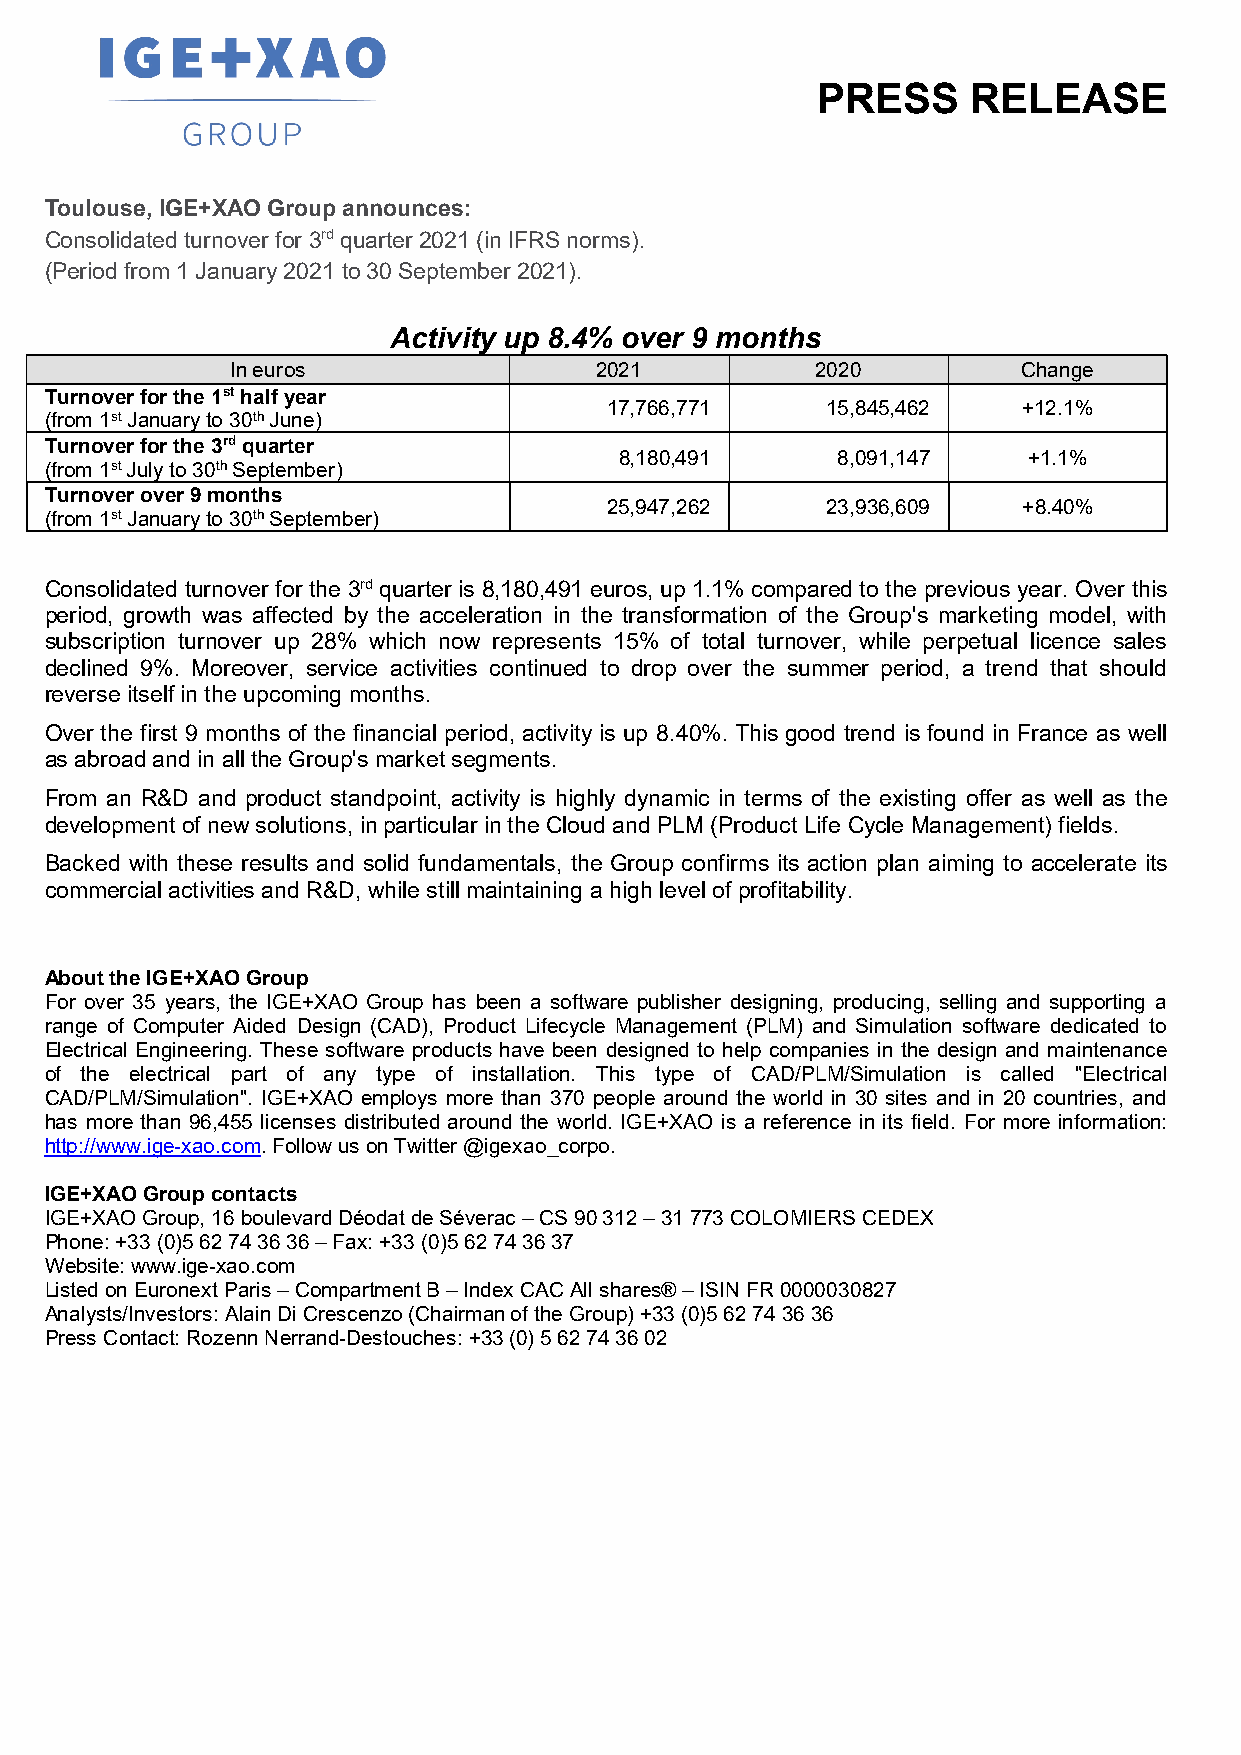
PRESS     RELEASE
 Toulouse, IGE+XAO Group announces:
 Consolidated turnover for 3rd quarter 2021 (in IFRS norms).
 (Period from 1 January 2021 to 30 September 2021).
 Activity up 8.4% over 9 months
 In euros                2021           2020          Change
 Turnover for the 1st half year
 17,766,771     15,845,462   +12.1%
 (from 1st January to 30th June)
 Turnover for the 3rd quarter
 8,180,491     8,091,147    +1.1%
 (from 1st July to 30th September)
 Turnover over 9 months
 25,947,262     23,936,609   +8.40%
 (from 1st January to 30th September)
 Consolidated turnover for the 3rd quarter is 8,180,491 euros, up 1.1% compared to the previous year. Over this
 period, growth was affected by the acceleration in the transformation of the Group's marketing model, with
 subscription turnover up 28% which now represents 15% of total turnover, while perpetual licence sales
 declined 9%. Moreover, service activities continued to drop over the summer period, a trend that should
 reverse itself in the upcoming months.
 Over the first 9 months of the financial period, activity is up 8.40%. This good trend is found in France as well
 as abroad and in all the Group's market segments.
 From an R&D and product standpoint, activity is highly dynamic in terms of the existing offer as well as the
 development of new solutions, in particular in the Cloud and PLM (Product Life Cycle Management) fields.
 Backed with these results and solid fundamentals, the Group confirms its action plan aiming to accelerate its
 commercial activities and R&D, while still maintaining a high level of profitability.
 About the IGE+XAO Group
 For over 35 years, the IGE+XAO Group has been a software publisher designing, producing, selling and supporting a
 range of Computer Aided Design (CAD), Product Lifecycle Management (PLM) and Simulation software dedicated to
 Electrical Engineering. These software products have been designed to help companies in the design and maintenance
 of the electrical part of any type of installation. This type of CAD/PLM/Simulation is called "Electrical
 CAD/PLM/Simulation". IGE+XAO employs more than 370 people around the world in 30 sites and in 20 countries, and
 has more than 96,455 licenses distributed around the world. IGE+XAO is a reference in its field. For more information:
 http://www.ige-xao.com. Follow us on Twitter @igexao_corpo.
 IGE+XAO Group contacts
 IGE+XAO Group, 16 boulevard Déodat de Séverac – CS 90 312 – 31 773 COLOMIERS CEDEX
 Phone: +33 (0)5 62 74 36 36 – Fax: +33 (0)5 62 74 36 37
 Website: www.ige-xao.com
 Listed on Euronext Paris – Compartment B – Index CAC All shares® – ISIN FR 0000030827
 Analysts/Investors: Alain Di Crescenzo (Chairman of the Group) +33 (0)5 62 74 36 36
 Press Contact: Rozenn Nerrand-Destouches: +33 (0) 5 62 74 36 02